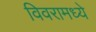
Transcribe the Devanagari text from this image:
विवरामध्ये